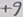
Text: +9